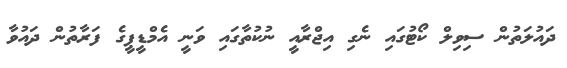
ދައުލަތުން ސިވިލް ކޯޓުގައި ނެގި އިޖްރާއީ ނުކުތާގައި ވަނީ އެމްޑީޕީގެ ފަރާތުން ދައުވާ